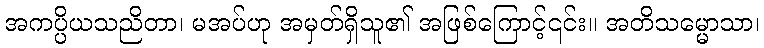
အကပ္ပိယသညိတာ၊ မအပ်ဟု အမှတ်ရှိသူ၏ အဖြစ်ကြောင့်၎င်း။ အတိသမ္မောသာ၊